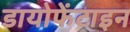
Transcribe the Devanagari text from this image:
डायोफेंटाइन